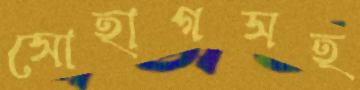
সোহাগসহ